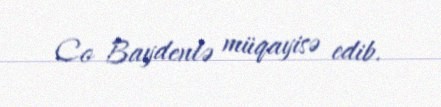
Co Baydenlə müqayisə edib.